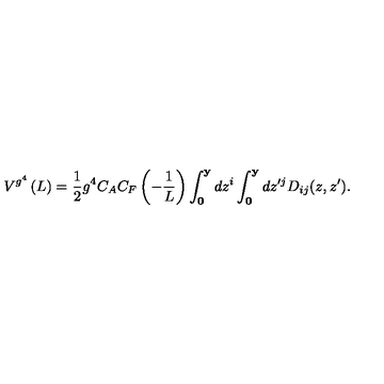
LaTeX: V ^ { g ^ { 4 } } \left( L \right) = \frac { 1 } { 2 } g ^ { 4 } C _ { A } C _ { F } \left( { - \frac { 1 } { L } } \right) \int _ { \bf 0 } ^ { \bf y } { d z ^ { i } } \int _ { \bf 0 } ^ { \bf y } { d z ^ { \prime j } } D _ { i j } ( z , z ^ { \prime } ) .